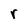
Character: r